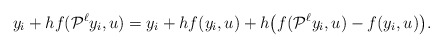
\begin{align*}y_i+hf(\mathcal P^\ell y_i,u)=y_i+hf(y_i,u)+h\big(f(\mathcal P^\ell y_i,u)-f(y_i,u)\big).\end{align*}